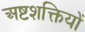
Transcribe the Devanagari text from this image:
अष्टशक्तियों